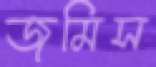
জমিস